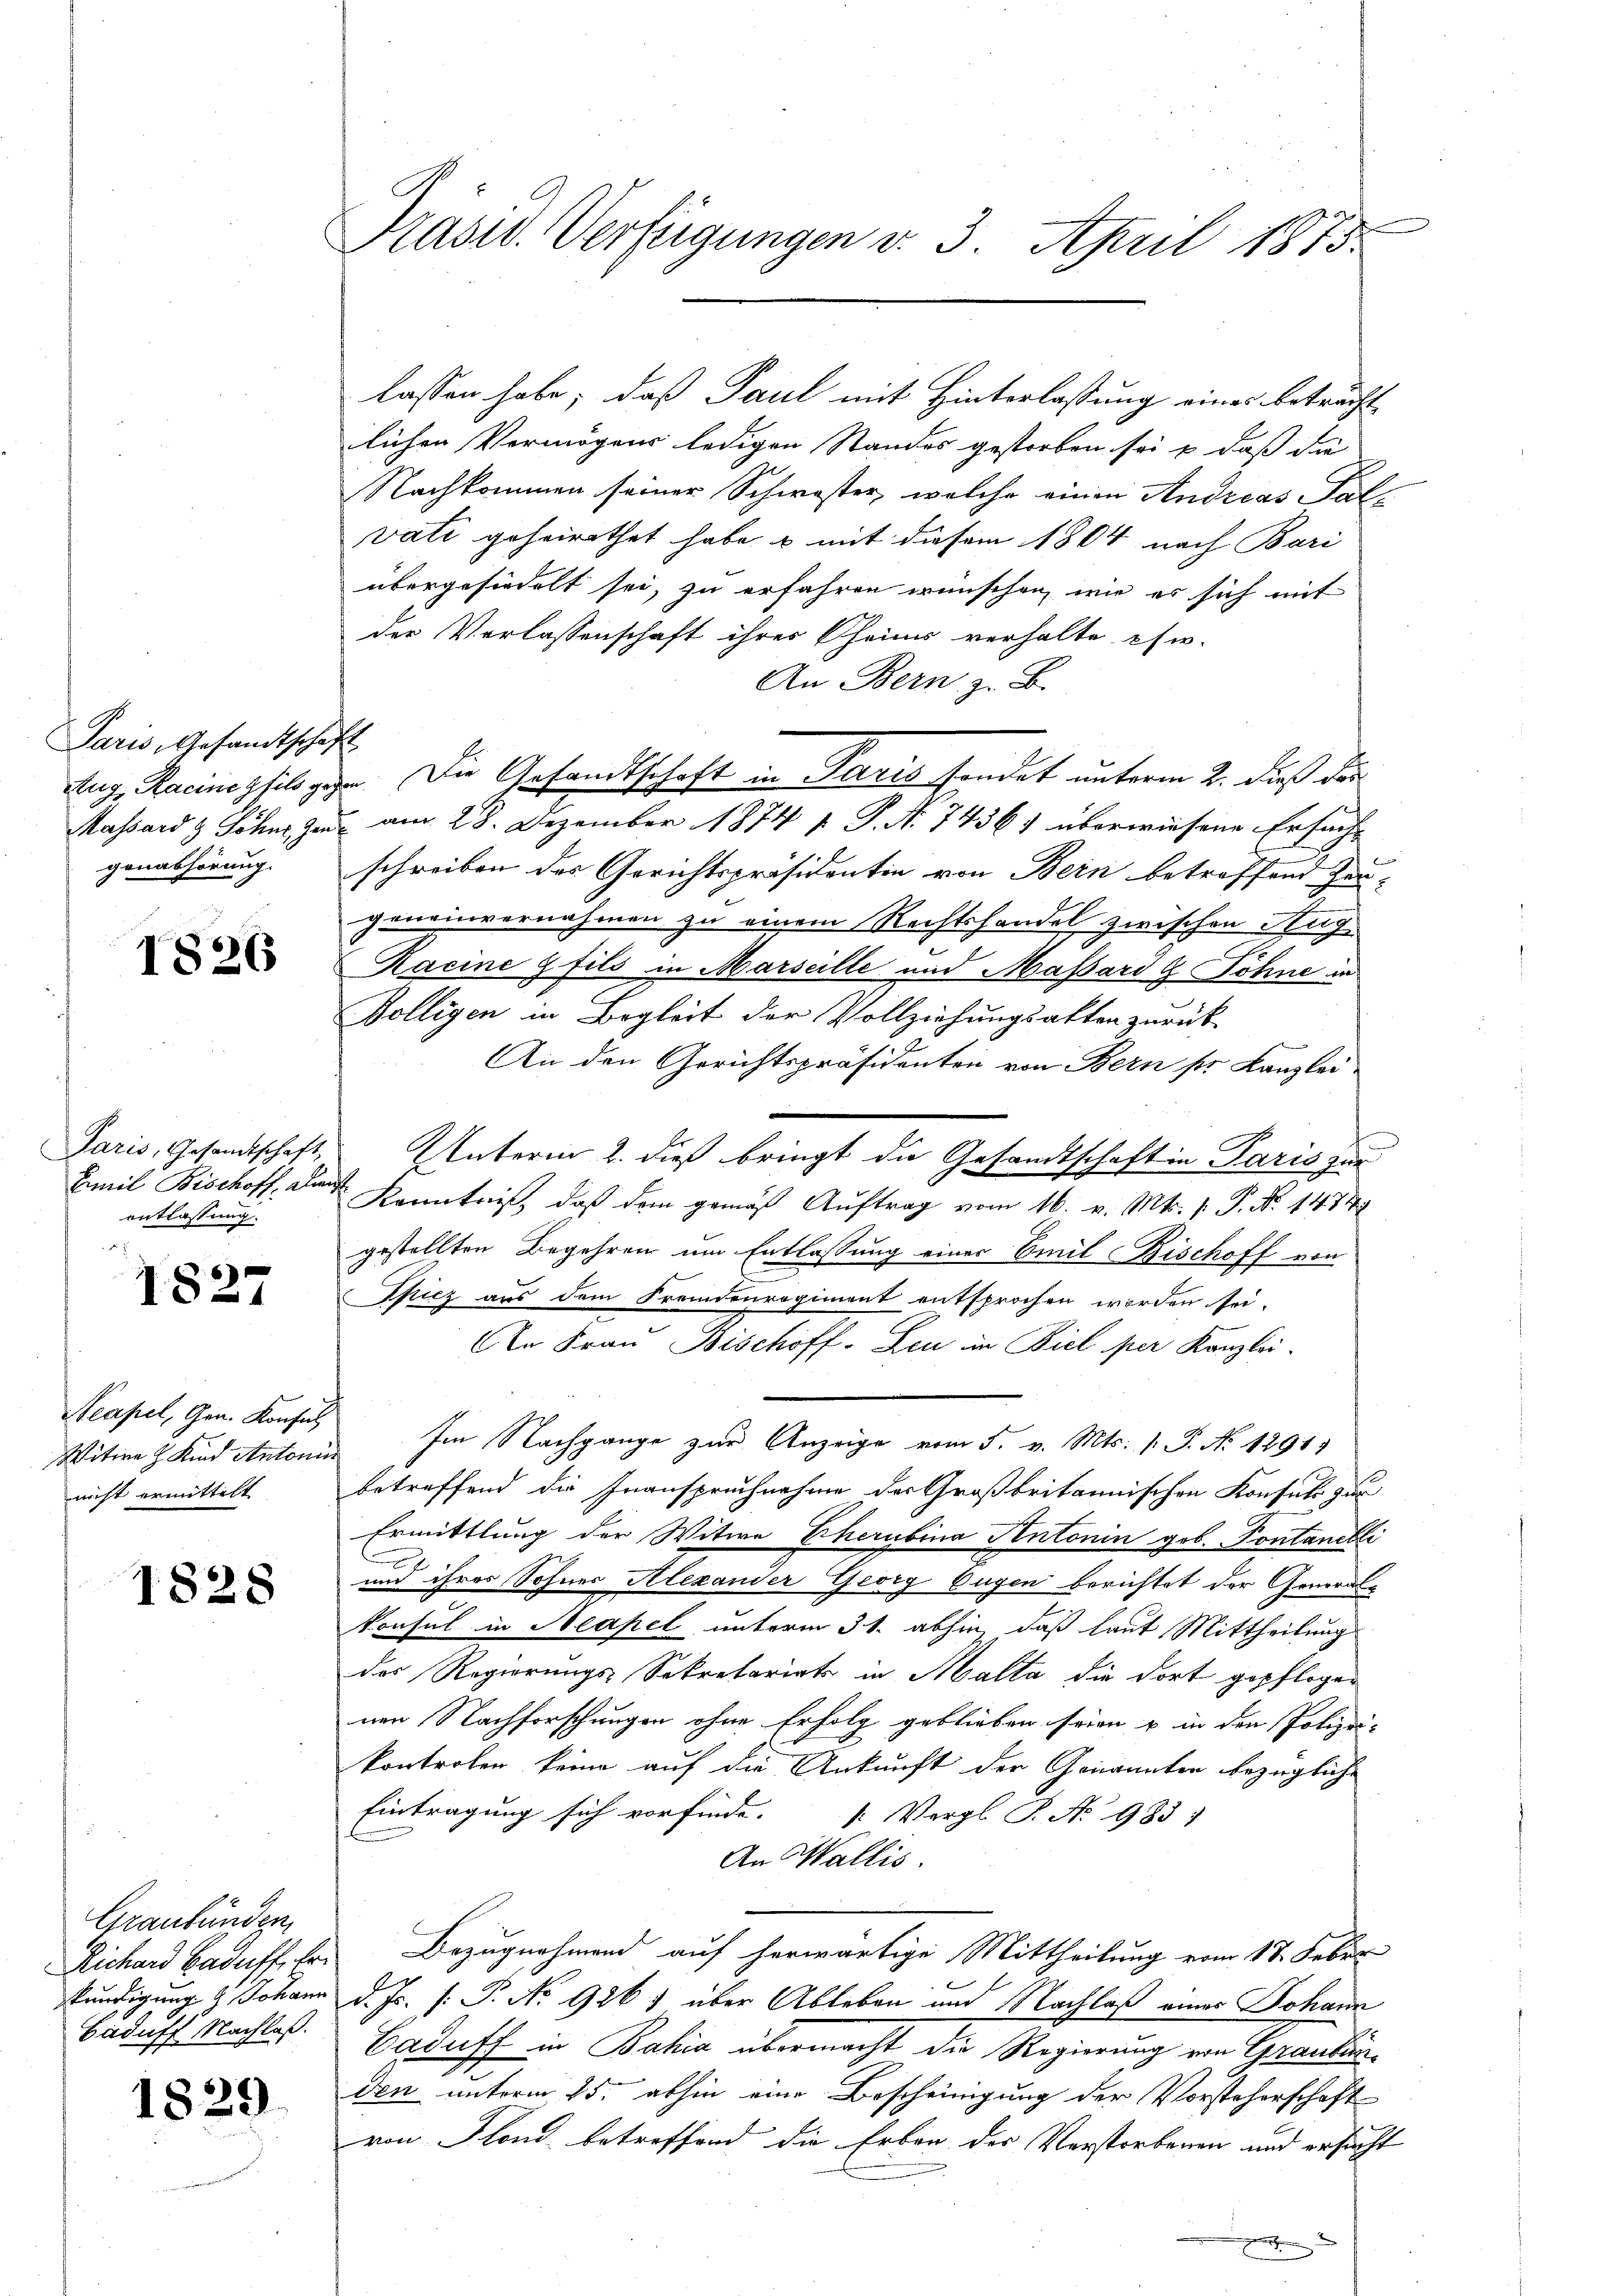
Paris, Gesandtschaft
genanhörung.

1826

Emil Bischoff, Kant
entlassung.

6)
11

Neapel, Gen. Konsul
nicht ermittelt

1828

Graubünden
Baduff Nachloß.

1829.

Präsid. Verfügungen d. 3. April 1875.

lassen habe; daß Paul mit Hinterlassung eines beträcht
lichen Vermögens ledigen Standes gestorben sei & daß die
Nachkommen seiner Schwester, welche einen Andreas Fal
vati geheirathet habe u mit diesem 1804 nach Bari
übergesiedelt sei, zu erfahren wünschen, wie es sich mit
der Verlassenschaft ihres Cheims verhalte es w.
An Bern z. B.
Aug. Racineghil gehe. Die Gesandtschaft in Paris sondet unterm 2. daß der
Massard & Söhne, zu am 28. Dezember 1874 f. P. N. 7436) überwiesene Ersuch-
schreiben des Gerichtspräsidentin von Bern betreffend Her-
geneinvernahmen zu einem Rechtshandel zwischen Hug
Racine fils in Marseille und Massard & Sohne in
Dolligen in Begleit der Vollziehungsakten zurück-
An den Gerichtspräsidenten von Bern ser Kanzlei
Paris, Gesandtschaft, Unterm 2. dieß bringt die Gesandtschaft in Paris zur
Kenntniß, daß dem gemäß Auftrag vom 16. v. Mts. 1. P. Nr. 1474
gestellten Begehren um Entlassung einer Emil Bischoff von
Spicz aus dem Fremdenregiment entsprochen worden sei.
An Frau Bischoff-Leu in Biel per Kanzlei-
Witwe Kind Antonie Im Nachgange zur Anzeige vom 5. v. Mts. 1. P. Nr. 1291.
betreffend die Inanspruchnahme der Großbritannischen Konsuls zur
Ermittlung der Witwe Eherubina Antonin geb. Pontanelli
und ihrer Sohnes Alexander Georg Eugen berichtet der General¬
Konsul in Neapel unterm 31. abhin, daß laut Mittheilungs
des Regierungs-Sekretariats in Malla die dort gepflogen
nen Nachforschungen ohne Erfolg geblieben seien u in den Polizei-
kontrolen keine auf die Ankunft der Genannten bezügliche
Eintragung sich vorfinde. Vergl. P. No 983)
An Wallis.
Richard Badaff, Er. Bezugnahmend auf herwärtige Mittheilung vom 18. Febr.
kundigung & Johann d. Js. [: P. No 926) über Ableben und Nachlaß eines Johann
Caduff in Bahia übermacht die Regierung von Graubünden unterm 25. abhin eine Bescheinigung der Vorsteherschaft
von Flond betreffend die Erben der Vorstorbenen und ersucht
.